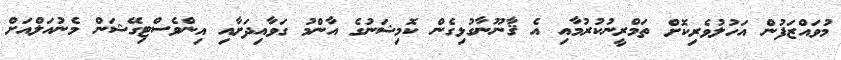
މުވައްޒަފުން އަހުލުވެރިކޮށް ތަމްރީނުކުރުމާއި އެ ޤާނޫނާގުޅިގެން ކޮމިޝަނުގެ އާންމު ގަވާއިދަށާއި އިންވެސްޓިގޭޝަން މެނުއަލްއަށް